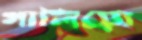
গালিয়ো